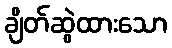
ချိတ်ဆွဲထားသော